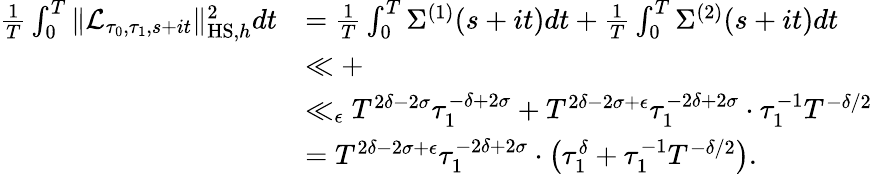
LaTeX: \begin{array}{rl}{\frac{1}{T}\int_{0}^{T}\Vert\mathcal{L}_{\tau_{0},\tau_{1},s+it}\Vert_{\mathrm{HS},h}^{2}dt}&{=\frac{1}{T}\int_{0}^{T}\Sigma^{(1)}(s+it)dt+\frac{1}{T}\int_{0}^{T}\Sigma^{(2)}(s+it)dt}\\ &{\ll+}\\ &{\ll_{\epsilon}T^{2\delta-2\sigma}\tau_{1}^{-\delta+2\sigma}+T^{2\delta-2\sigma+\epsilon}\tau_{1}^{-2\delta+2\sigma}\cdot\tau_{1}^{-1}T^{-\delta/2}}\\ &{=T^{2\delta-2\sigma+\epsilon}\tau_{1}^{-2\delta+2\sigma}\cdot\left(\tau_{1}^{\delta}+\tau_{1}^{-1}T^{-\delta/2}\right).}\end{array}